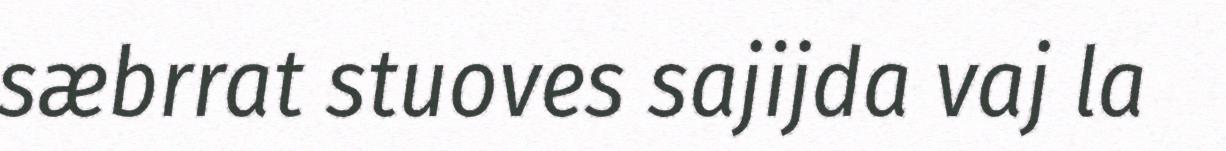
sæbrrat stuoves sajijda vaj la